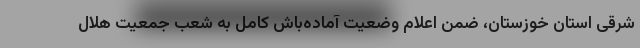
شرقی استان خوزستان، ضمن اعلام وضعیت آماده‌باش کامل به شعب جمعیت هلال